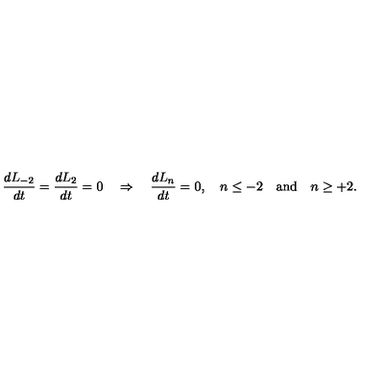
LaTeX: \frac { d L _ { - 2 } } { d t } = \frac { d L _ { 2 } } { d t } = 0 \quad \Rightarrow \quad \frac { d L _ { n } } { d t } = 0 , \quad n \le - 2 \quad \mathrm { a n d } \quad n \ge + 2 .